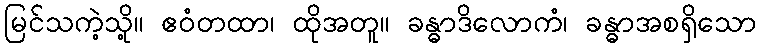
မြင်သကဲ့သို့။ ဧဝံတထာ၊ ထိုအတူ။ ခန္ဓာဒိလောကံ၊ ခန္ဓာအစရှိသော